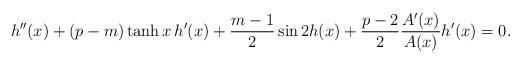
LaTeX: \begin{align*}h''(x)+(p-m)\tanh x\,h'(x)+\frac{m-1}{2}\sin 2h(x)+\frac{p-2}{2}\frac{A'(x)}{A(x)}h'(x)=0.\end{align*}